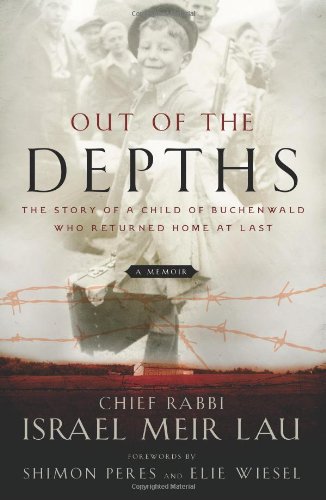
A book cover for Out of the Depths: The Story of a Child of Buchenwald Who Returned Home at Last; Rabbi Israel Meir Lau; Biographies & Memoirs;